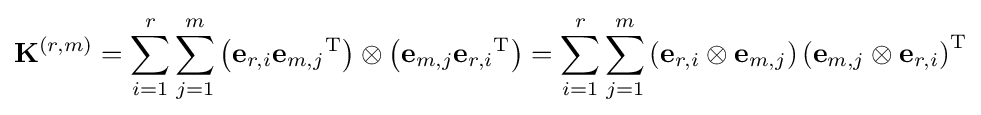
\mathbf {K} ^{(r,m)}=\sum _{i=1}^{r}\sum _{j=1}^{m}\left(\mathbf {e} _{r,i}{\mathbf {e} _{m,j}}^{\mathrm {T} }\right)\otimes \left(\mathbf {e} _{m,j}{\mathbf {e} _{r,i}}^{\mathrm {T} }\right)=\sum _{i=1}^{r}\sum _{j=1}^{m}\left(\mathbf {e} _{r,i}\otimes \mathbf {e} _{m,j}\right)\left(\mathbf {e} _{m,j}\otimes \mathbf {e} _{r,i}\right)^{\mathrm {T} }